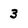
Character: 3